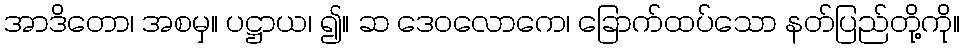
အာဒိတော၊ အစမှ။ ပဋ္ဌာယ၊ ၍။ ဆ ဒေဝလောကေ၊ ခြောက်ထပ်သော နတ်ပြည်တို့ကို။